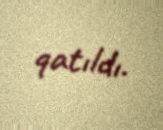
qatıldı.